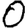
Digit: 0